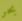
بحر